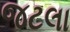
જટલા